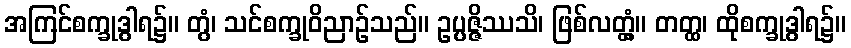
အကြင်စက္ခုဒွါရ၌။ တွံ၊ သင်စက္ခုဝိညာဉ်သည်။ ဥပ္ပဇ္ဇိဿသိ၊ ဖြစ်လတ္တံ့။ တတ္ထ၊ ထိုစက္ခုဒွါရ၌။